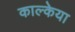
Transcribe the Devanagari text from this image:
काल्केया